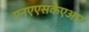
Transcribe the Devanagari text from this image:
एनएएसकेएआर